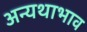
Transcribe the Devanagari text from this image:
अन्यथाभाव